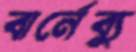
বার্নেব্যু